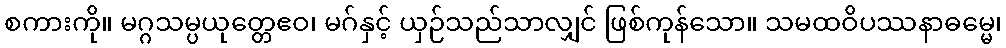
စကားကို။ မဂ္ဂသမ္ပယုတ္တေဧဝ၊ မဂ်နှင့် ယှဉ်သည်သာလျှင် ဖြစ်ကုန်သော။ သမထဝိပဿနာဓမ္မေ၊